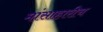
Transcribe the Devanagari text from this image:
मांसाहारीच